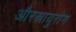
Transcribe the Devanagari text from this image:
औरस्नायुरोग